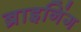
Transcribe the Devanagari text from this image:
ब्राइनिंग